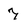
Character: 7